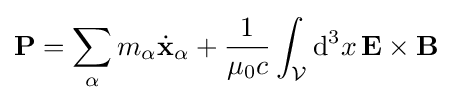
\mathbf {P} =\sum _{\alpha }m_{\alpha }{\dot {\mathbf {x} }}_{\alpha }+{\frac {1}{\mu _{0}c}}\int _{\mathcal {V}}\mathrm {d} ^{3}x\,\mathbf {E} \times \mathbf {B}